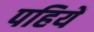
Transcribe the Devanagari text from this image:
पहियें